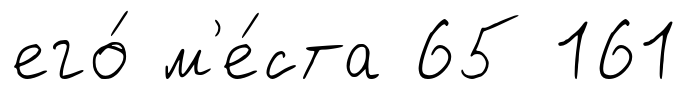
его́ м'е́ста 65 161